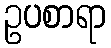
ဥပစာရာ